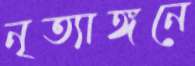
নৃত্যাঙ্গনে